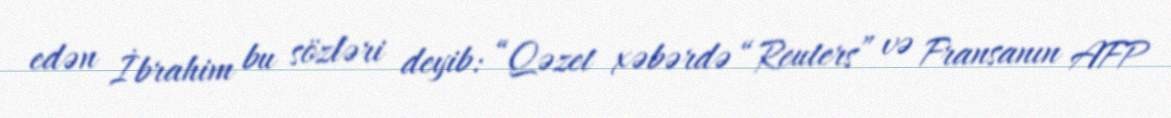
edən İbrahim bu sözləri deyib: “Qəzet xəbərdə “Reuters” və Fransanın AFP